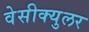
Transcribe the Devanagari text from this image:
वेसीक्युलर